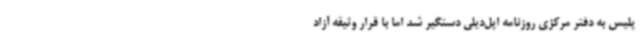
پلیس به دفتر مرکزی روزنامه اپل‌دیلی دستگیر شد اما با قرار وثیقه آزاد